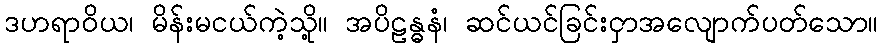
ဒဟရာဝိယ၊ မိန်းမငယ်ကဲ့သို့။ အပိဠန္ဓနံ၊ ဆင်ယင်ခြင်းငှာအလျောက်ပတ်သော။